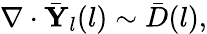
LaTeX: \nabla\cdot\bar{\mathbf{Y}}_{l}(l)\sim\bar{D}(l),